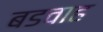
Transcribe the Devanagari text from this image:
बडवाह